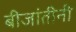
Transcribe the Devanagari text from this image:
बीजांतीनी